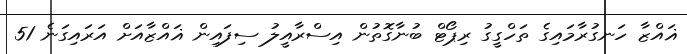
ޣައްޒާ ހަނގުރާމައިގެ ތަހްގީގު ރިޕޯޓް ބުނާގޮތުން އިސްރާއީލު ސިފައިން ޣައްޒާއަށް އަރައިގަނެ 51